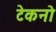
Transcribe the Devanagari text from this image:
टेकनो